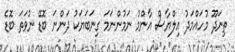
ތިނަދޫ މުހައްމަދު އިލްޔާސް އާންމު ނަމުންނަމަ ގިނަބަޔަކު ދަންނަ ބޮޑޭ ނުވަތަ ބޮޑެ